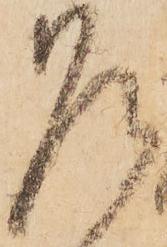
乍